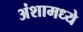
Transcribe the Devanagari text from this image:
अंशामध्ये